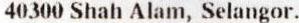
40300 SHAH ALAM, SELANGOR.